Indian journal of veterinary science and animal husbandry - Volume 1,
Year: 1931
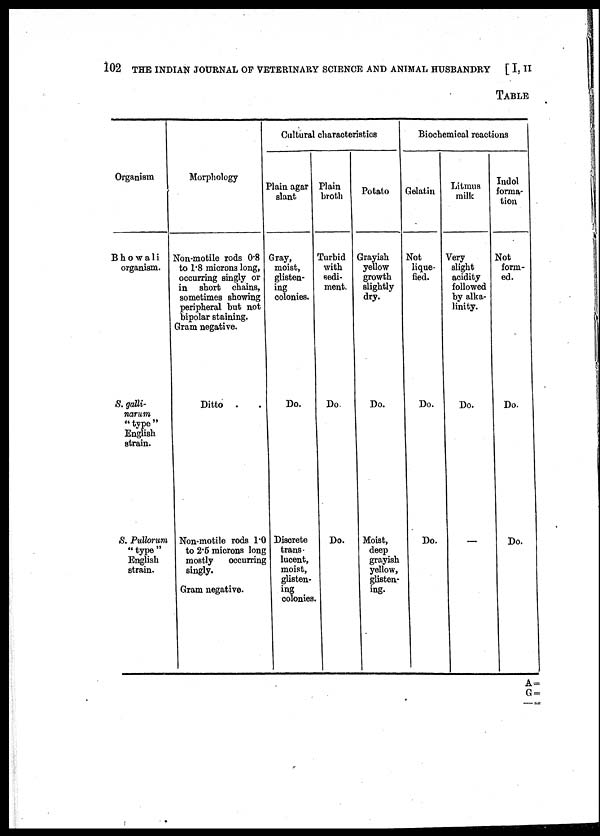
102 THE INDIAN JOURNAL OF VETERINARY SCIENCE AND ANIMAL HUSBANDRY [ I, II
TABLE
Organism
Bhowali
organism.
S. galli¬
narum
"type"
English
strain.
S. Pullorum
"type"
English
strain.
Morphology
Non-motile rods 0.8
to 1.8 microns long,
occurring singly or
in short chains,
sometimes showing
peripheral but not
bipolar staining.
Gram negative.
Ditto .
Non-motile rods 1.0
to 2.5 microns long
mostly
occurring
singly.
Gram negative.
Cultural characteristics
Plain agar
slant
Gray,
moist,
glisten-
ing
colonies.
Do.
Discrete
trans-
lucent,
moist,
glisten¬
ing
colonies.
Plain
broth
Turbid
with
sedi-
ment.
Do
Do.
Potato
Grayish
yellow
growth
slightly
dry.
Do.
Moist,
deep
grayish
yellow,
glisten-
ing.
Biochemical reactions
Gelatin
Not
lique-
fied.
Do.
Do.
Litmus
milk
Very
slight
acidity
followed
by alka-
linity.
Do.
Indol
forma-
tion
Not
form-
ed.
Do.
Do.